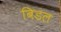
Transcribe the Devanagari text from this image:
बिडल